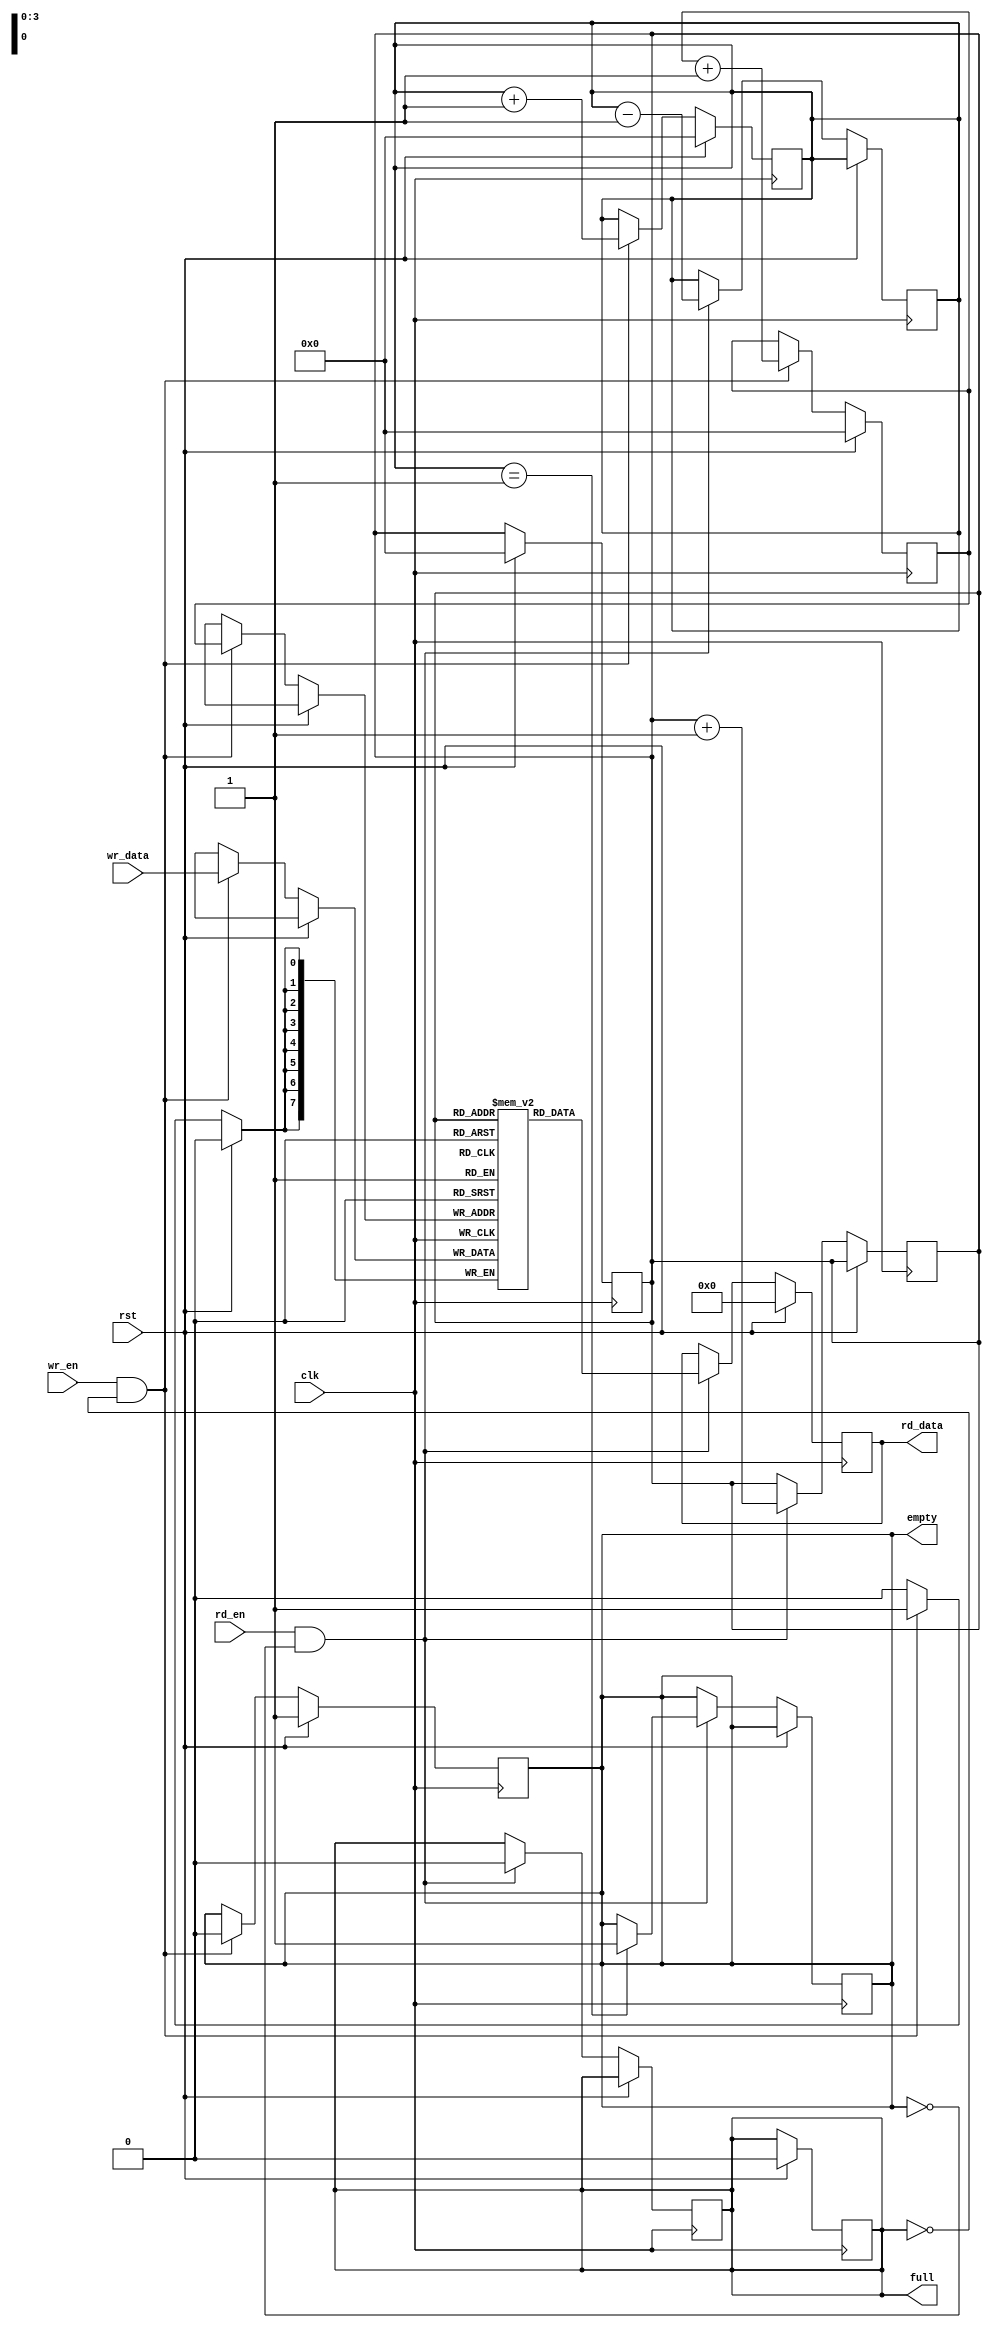
module dual_port_fifo (
    input wire clk,
    input wire rst,
    
    // Write port
    input wire wr_en,
    input wire [DATA_WIDTH-1:0] wr_data,
    
    // Read port
    input wire rd_en,
    output reg [DATA_WIDTH-1:0] rd_data,
    
    // Status signals
    output reg full,
    output reg empty
);

// Parameters
parameter ADDR_WIDTH = 4;
parameter DATA_WIDTH = 8;
parameter DEPTH = 16;

// Internal signals
reg [$clog2(DEPTH)-1:0] wr_ptr;
reg [$clog2(DEPTH)-1:0] rd_ptr;
reg [$clog2(DEPTH)-1:0] count;

// FIFO memory
reg [DATA_WIDTH-1:0] mem [0:DEPTH-1];

// Synchronous write operation
always @(posedge clk) begin
    if (rst) begin
        full <= 0;
        empty <= 1;
        wr_ptr <= 0;
        rd_ptr <= 0;
        count <= 0;
    end else begin
        if (wr_en && !full) begin
            mem[wr_ptr] <= wr_data;
            wr_ptr <= wr_ptr + 1;
            count <= count + 1;
            if (count == DEPTH) begin
                full <= 1;
            end
            empty <= 0;
        end
    end
end

// Synchronous read operation
always @(posedge clk) begin
    if (rst) begin
        rd_data <= 0;
    end else begin
        if (rd_en && !empty) begin
            rd_data <= mem[rd_ptr];
            rd_ptr <= rd_ptr + 1;
            count <= count - 1;
            if (count == 1) begin
                empty <= 1;
            end
            full <= 0;
        end
    end
end

endmodule